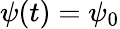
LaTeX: \psi(t)=\psi_{0}